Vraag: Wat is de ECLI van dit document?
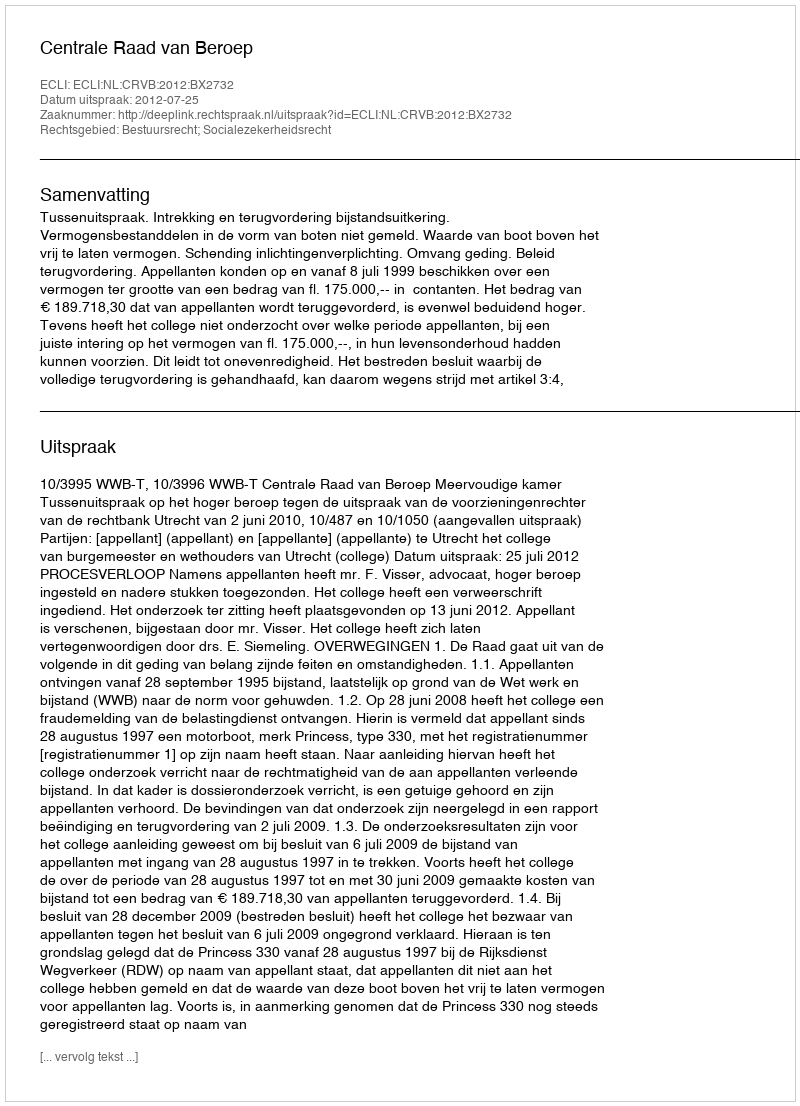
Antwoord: ECLI:NL:CRVB:2012:BX2732